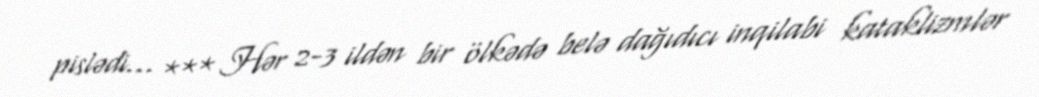
pislədi... *** Hər 2-3 ildən bir ölkədə belə dağıdıcı inqilabi kataklizmlər